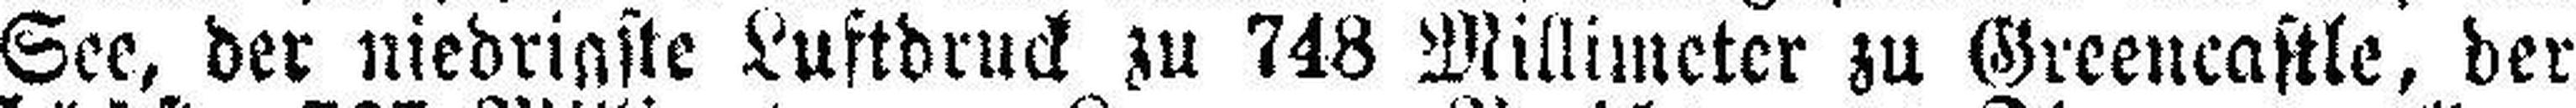
See, der niedrigste Luftdruck zu 748 Millimeter zu Greencastle, der